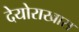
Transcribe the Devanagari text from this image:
देयोराखास